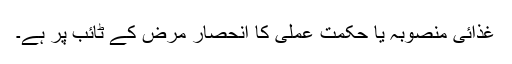
غذائی منصوبہ یا حکمت عملی کا انحصار مرض کے ٹائب پر ہے۔